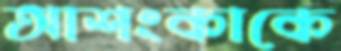
আশংকাকে